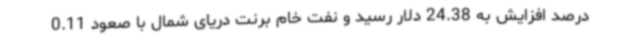
درصد افزایش به 24.38 دلار رسید و نفت خام برنت دریای شمال با صعود 0.11